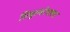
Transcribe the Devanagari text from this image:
सिबुल्कोवाला